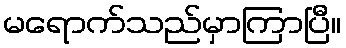
မရောက်သည်မှာကြာပြီ။